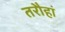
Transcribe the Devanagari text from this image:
तरौहां